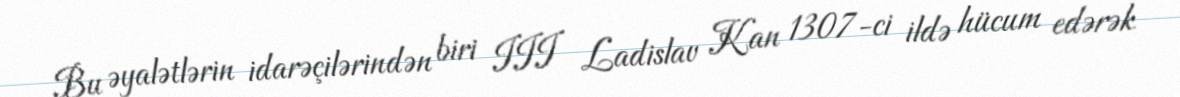
Bu əyalətlərin idarəçilərindən biri III Ladislav Kan 1307-ci ildə hücum edərək